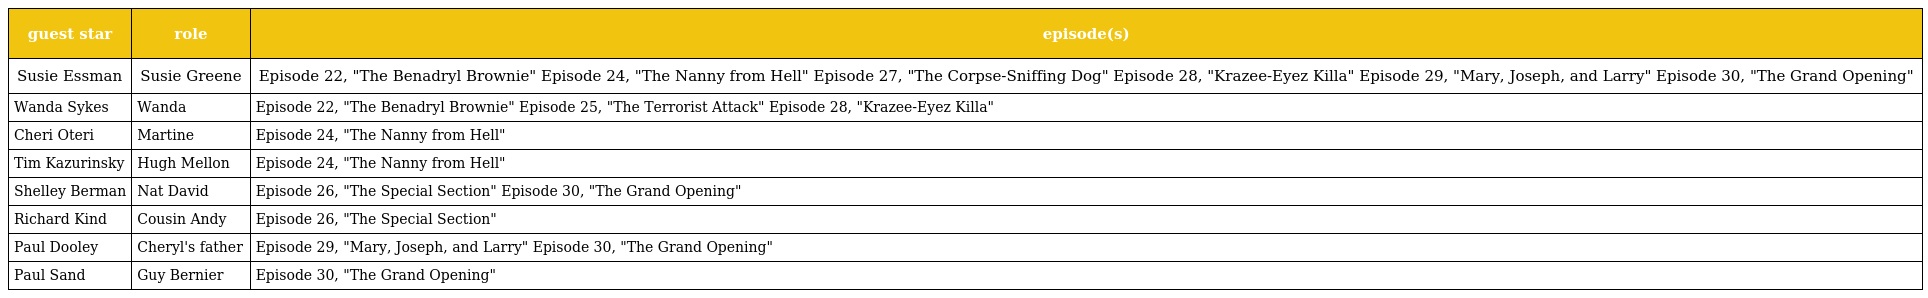
| guest star | role | episode(s) |
 | --- | --- | --- |
 | Susie Essman | Susie Greene | Episode 22, "The Benadryl Brownie" Episode 24, "The Nanny from Hell" Episode 27, "The Corpse-Sniffing Dog" Episode 28, "Krazee-Eyez Killa" Episode 29, "Mary, Joseph, and Larry" Episode 30, "The Grand Opening" |
 | Wanda Sykes | Wanda | Episode 22, "The Benadryl Brownie" Episode 25, "The Terrorist Attack" Episode 28, "Krazee-Eyez Killa" |
 | Cheri Oteri | Martine | Episode 24, "The Nanny from Hell" |
 | Tim Kazurinsky | Hugh Mellon | Episode 24, "The Nanny from Hell" |
 | Shelley Berman | Nat David | Episode 26, "The Special Section" Episode 30, "The Grand Opening" |
 | Richard Kind | Cousin Andy | Episode 26, "The Special Section" |
 | Paul Dooley | Cheryl's father | Episode 29, "Mary, Joseph, and Larry" Episode 30, "The Grand Opening" |
 | Paul Sand | Guy Bernier | Episode 30, "The Grand Opening" |